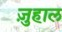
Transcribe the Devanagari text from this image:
ज़ुहाल